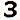
3